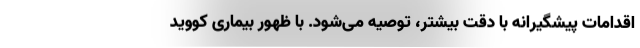
اقدامات پیشگیرانه با دقت بیشتر، توصیه می‌شود. با ظهور بیماری کووید